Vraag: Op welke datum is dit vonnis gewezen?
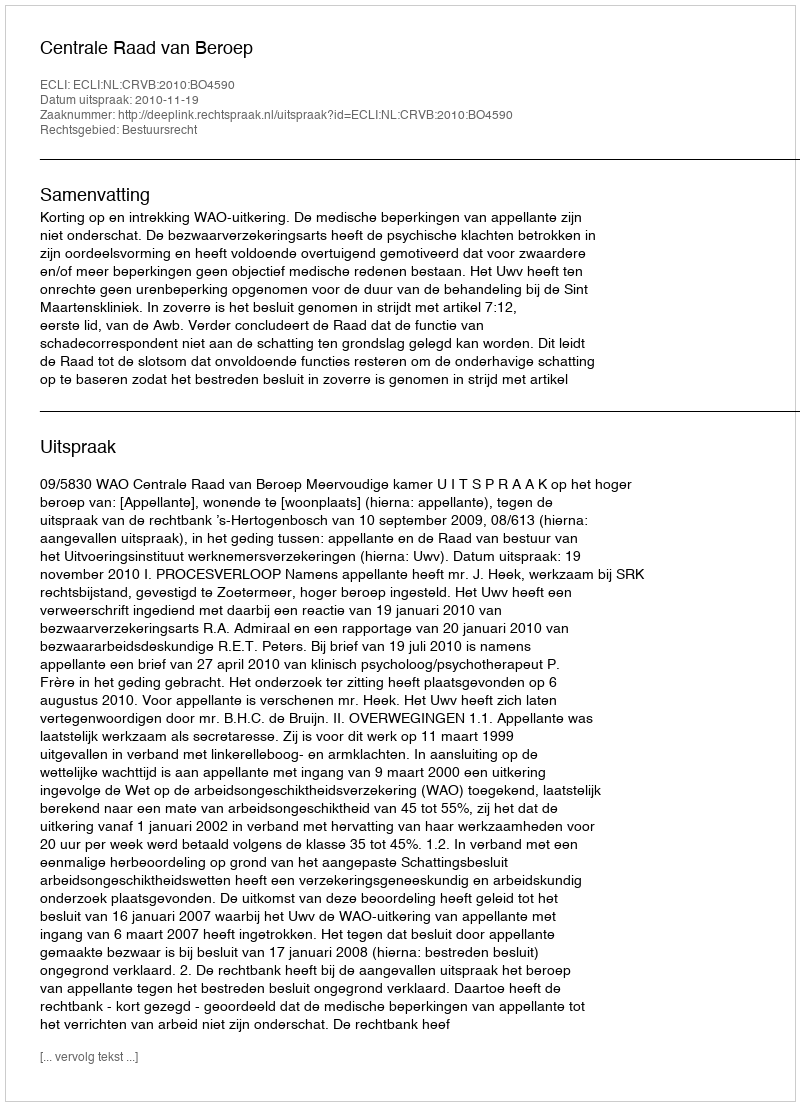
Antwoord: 2010-11-19